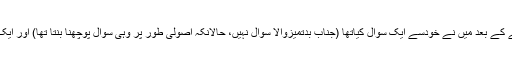
یہ پیغام پڑھنے کے بعد میں نے خودسے ایک سوال کیاتھا (جناب بدتمیزوالا سوال نہیں، حالانکہ اصولی طور پر وہی سوال پوچھنا بنتا تھا) اور ایک طعنہ دیا تھا۔